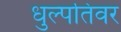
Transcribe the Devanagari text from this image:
धुल्पतिवर